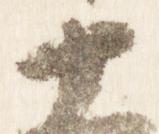
十